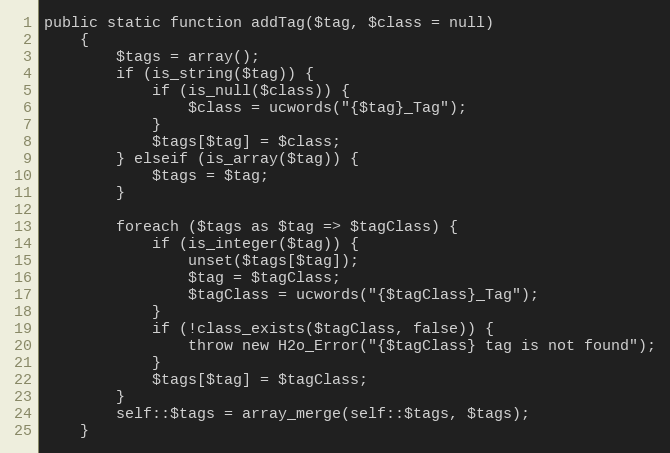
Language: PHP
public static function addTag($tag, $class = null)
    {
        $tags = array();
        if (is_string($tag)) {
            if (is_null($class)) {
                $class = ucwords("{$tag}_Tag");
            }
            $tags[$tag] = $class;
        } elseif (is_array($tag)) {
            $tags = $tag;
        }

        foreach ($tags as $tag => $tagClass) {
            if (is_integer($tag)) {
                unset($tags[$tag]);
                $tag = $tagClass;
                $tagClass = ucwords("{$tagClass}_Tag");
            }
            if (!class_exists($tagClass, false)) {
                throw new H2o_Error("{$tagClass} tag is not found");
            }
            $tags[$tag] = $tagClass;
        }
        self::$tags = array_merge(self::$tags, $tags);
    }